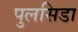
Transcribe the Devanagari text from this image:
पुलसिडा